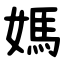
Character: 媽